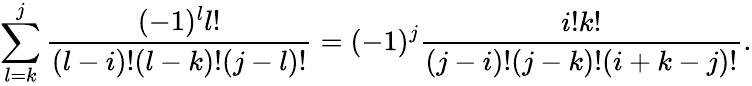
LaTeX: \sum_{l=k}^{j}{\frac{(-1)^{l}l!}{(l-i)!(l-k)!(j-l)!}}=(-1)^{j}{\frac{i!k!}{(j-i)!(j-k)!(i+k-j)!}}.